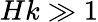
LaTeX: Hk\gg 1